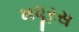
મધૂરસ